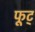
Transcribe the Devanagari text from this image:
फूट्